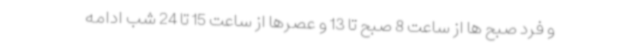
و فرد صبح ها از ساعت 8 صبح تا 13 و عصرها از ساعت 15 تا 24 شب ادامه